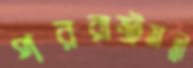
পররাষ্ট্রমন্ত্রী